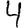
Digit: 4